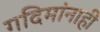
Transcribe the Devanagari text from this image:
गदिमांनाही